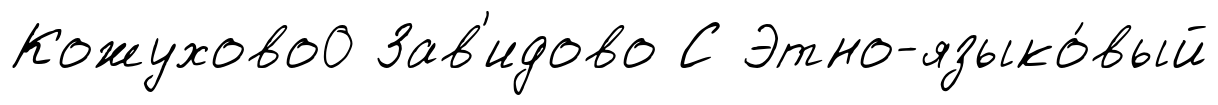
Кожухово0 Зав'идово С Этно-языко́вый